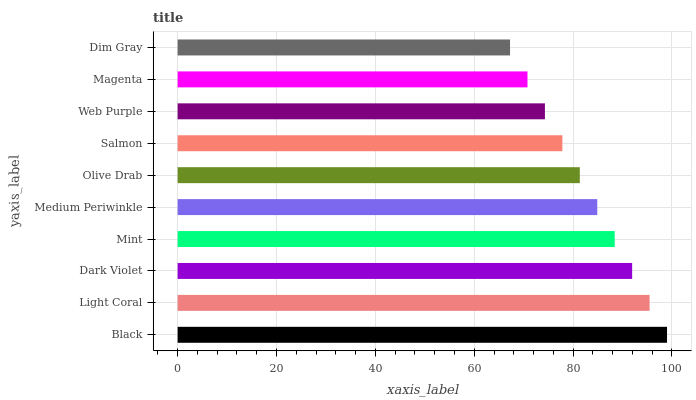
| yaxis_label | bars |
 | --- | --- |
 | Black | 99 |
 | Light Coral | 95.5 |
 | Dark Violet | 91.9 |
 | Mint | 88.4 |
 | Medium Periwinkle | 84.9 |
 | Olive Drab | 81.4 |
 | Salmon | 77.8 |
 | Web Purple | 74.3 |
 | Magenta | 70.8 |
 | Dim Gray | 67.2 |